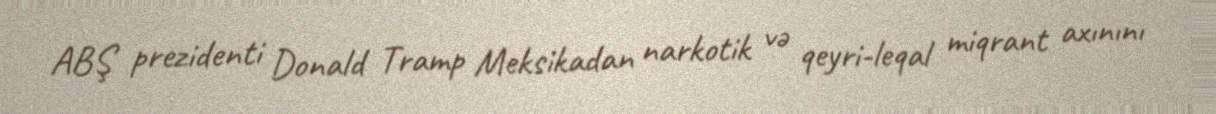
ABŞ prezidenti Donald Tramp Meksikadan narkotik və qeyri-leqal miqrant axınını